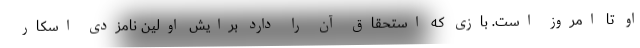
او تا امروز است. بازی که استحقاق آن را دارد برایش اولین نامزدی اسکار